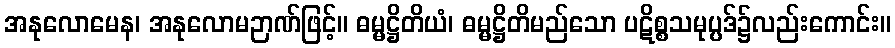
အနုလောမေန၊ အနုလောမဉာဏ်ဖြင့်။ ဓမ္မဋ္ဌိတိယံ၊ ဓမ္မဋ္ဌိတိမည်သော ပဋိစ္စသမုပ္ပဒ်၌လည်းကောင်း။